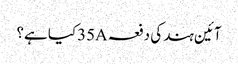
آئین ہند کی دفعہ 35Aکیا ہے؟